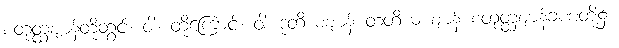
စတုတ္ထဈာန်တို့တွင်။ ဝါ။ တို့ကြောင့်။ ဝါ၊ ဒုတိယဈာန် တတိယ ဈာန် စတုတ္ထဈာန်ခဏတို့၌။